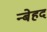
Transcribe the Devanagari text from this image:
न्बेहद